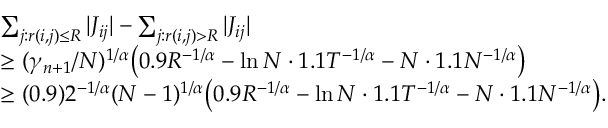
\begin{array} { r l } & { \sum _ { j : r ( i , j ) \le R } | J _ { i j } | - \sum _ { j : r ( i , j ) > R } | J _ { i j } | } \\ & { \ge ( \gamma _ { n + 1 } / N ) ^ { 1 / \alpha } \big ( 0 . 9 R ^ { - 1 / \alpha } - \ln N \cdot 1 . 1 T ^ { - 1 / \alpha } - N \cdot 1 . 1 N ^ { - 1 / \alpha } \big ) } \\ & { \ge ( 0 . 9 ) 2 ^ { - 1 / \alpha } ( N - 1 ) ^ { 1 / \alpha } \big ( 0 . 9 R ^ { - 1 / \alpha } - \ln N \cdot 1 . 1 T ^ { - 1 / \alpha } - N \cdot 1 . 1 N ^ { - 1 / \alpha } \big ) . } \end{array}